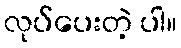
လုပ်ပေးတဲ့ ပါ။